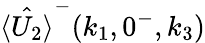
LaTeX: \hat{\langle U_{2}\rangle}^{-}(k_{1},0^{-},k_{3})